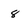
Character: 8